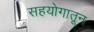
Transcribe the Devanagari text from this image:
सहयोगातून